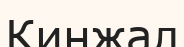
Кинжал